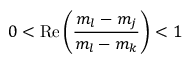
0 < \mathrm { R e } \left( \frac { m _ { l } - m _ { j } } { m _ { l } - m _ { k } } \right) < 1